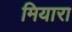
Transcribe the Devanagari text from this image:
मियारा